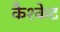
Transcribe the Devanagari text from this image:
कैश्केट